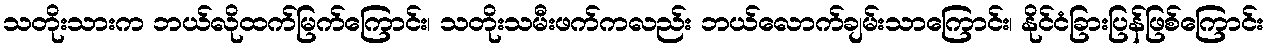
သတိုးသားက ဘယ်လိုထက်မြက်ကြောင်း၊ သတိုးသမီးဖက်ကလည်း ဘယ်လောက်ချမ်းသာကြောင်း၊ နိုင်ငံခြားပြန်ဖြစ်ကြောင်း